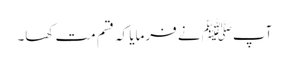
آپﷺ نے فرمایا کہ قسم مت کھا۔